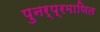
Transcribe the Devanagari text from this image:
पुनर्प्रमाणित